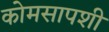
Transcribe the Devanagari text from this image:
कोमसापशी